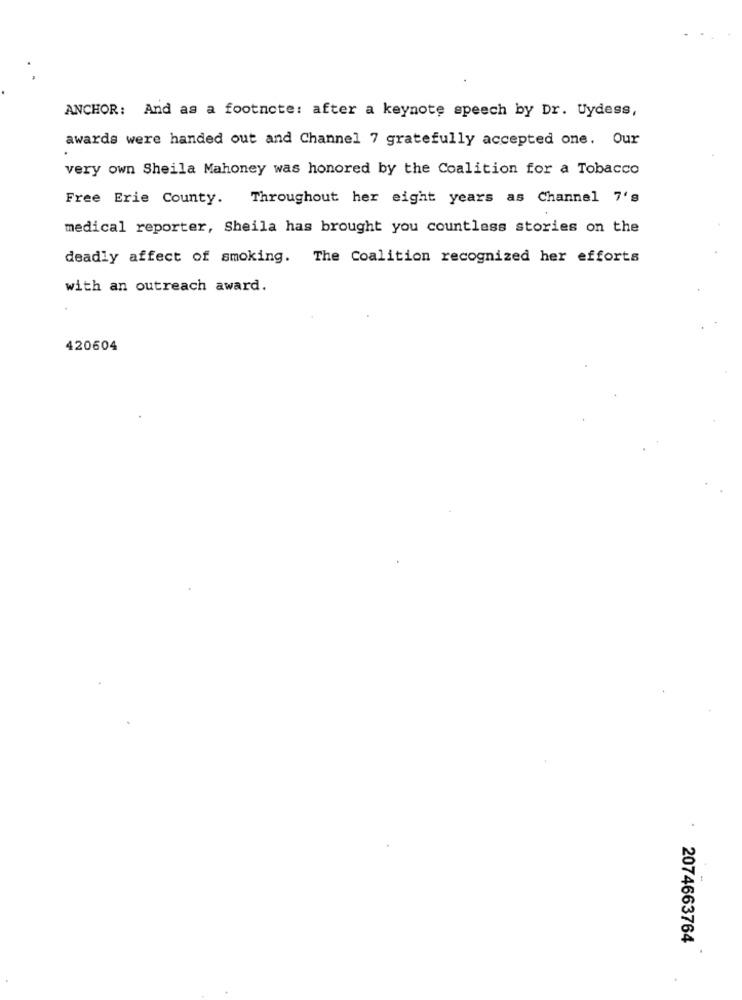
ANCHOR: And as a footnote: after a keynote speech by Dr. Uydess,
awards were handed out and Channel 7 gratefully accepted one. Our
very own Sheila Mahoney was honored by the Coalition for a Tobacco
Free Erie County.
Throughout her eight years as Channel 7's
medical reporter, Sheila has brought you countless stories on the
deadly affect of smoking. The Coalition recognized her efforts
with an outreach award.
420604
2074663764